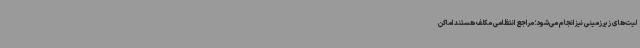
لیت‌های زیرزمینی نیز انجام می‌شود؛ مراجع انتظامی مکلف هستند اماکن